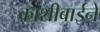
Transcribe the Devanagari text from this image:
काशीबाईने